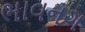
ભાવનગ